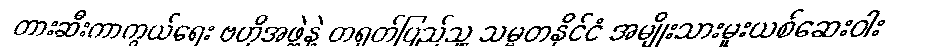
တားဆီးကာကွယ်ရေး ဗဟိုအဖွဲ့နဲ့ တရုတ်ပြည်သူ့ သမ္မတနိုင်ငံ အမျိုးသားမူးယစ်ဆေးဝါး